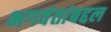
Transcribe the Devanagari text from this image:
भगवंतांबद्दल